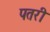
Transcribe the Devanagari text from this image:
पतरी